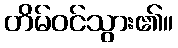
တိမ်ဝင်သွား၏။